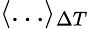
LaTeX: \langle\dots\rangle_{\Delta T}